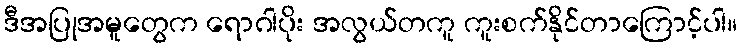
ဒီအပြုအမူတွေက ရောဂါပိုး အလွယ်တကူ ကူးစက်နိုင်တာကြောင့်ပါ။